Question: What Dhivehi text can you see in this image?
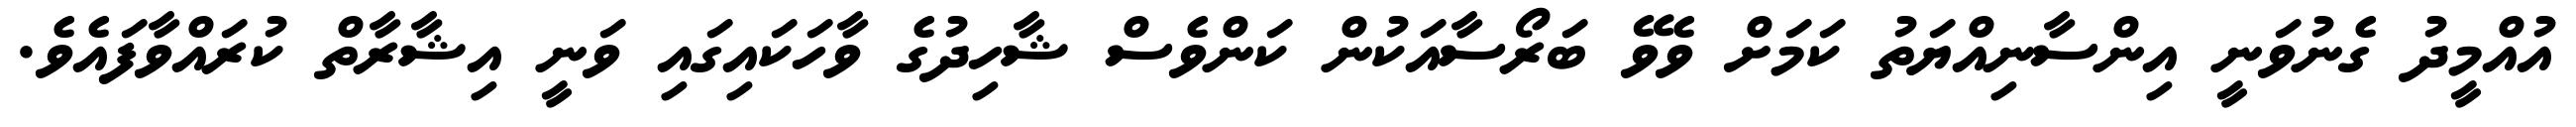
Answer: އުއްމީދު ގެނުވަނީ އިންސާނިއްޔަތު ކަމަށް ވެވޭ ބަރޯސާއަކުން ކަންވެސް ޝާހިދުގެ ވާހަކައިގައި ވަނީ އިޝާރާތް ކުރައްވާފައެވެ.